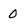
Character: 0